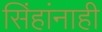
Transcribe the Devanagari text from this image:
सिंहांनाही